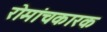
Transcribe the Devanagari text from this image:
रोमांचकारक